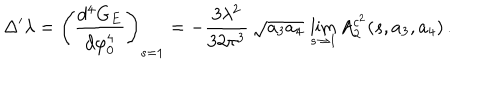
\Delta ^ { \prime } \lambda = \left( \frac { d ^ { 4 } G _ { E } } { d \varphi _ { 0 } ^ { 4 } } \right) _ { s = 1 } = - \frac { 3 \lambda ^ { 2 } } { 3 2 \pi ^ { 3 } } \, \sqrt { a _ { 3 } a _ { 4 } } \, \lim _ { s \rightarrow 1 } A _ { 2 } ^ { c ^ { 2 } } ( s , a _ { 3 } , a _ { 4 } ) \, .